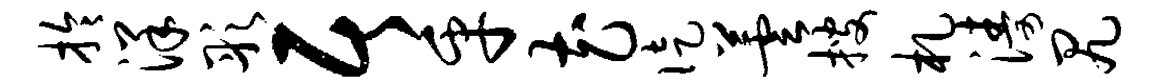
拎洋彤居乎花徒芸搜札涛尻